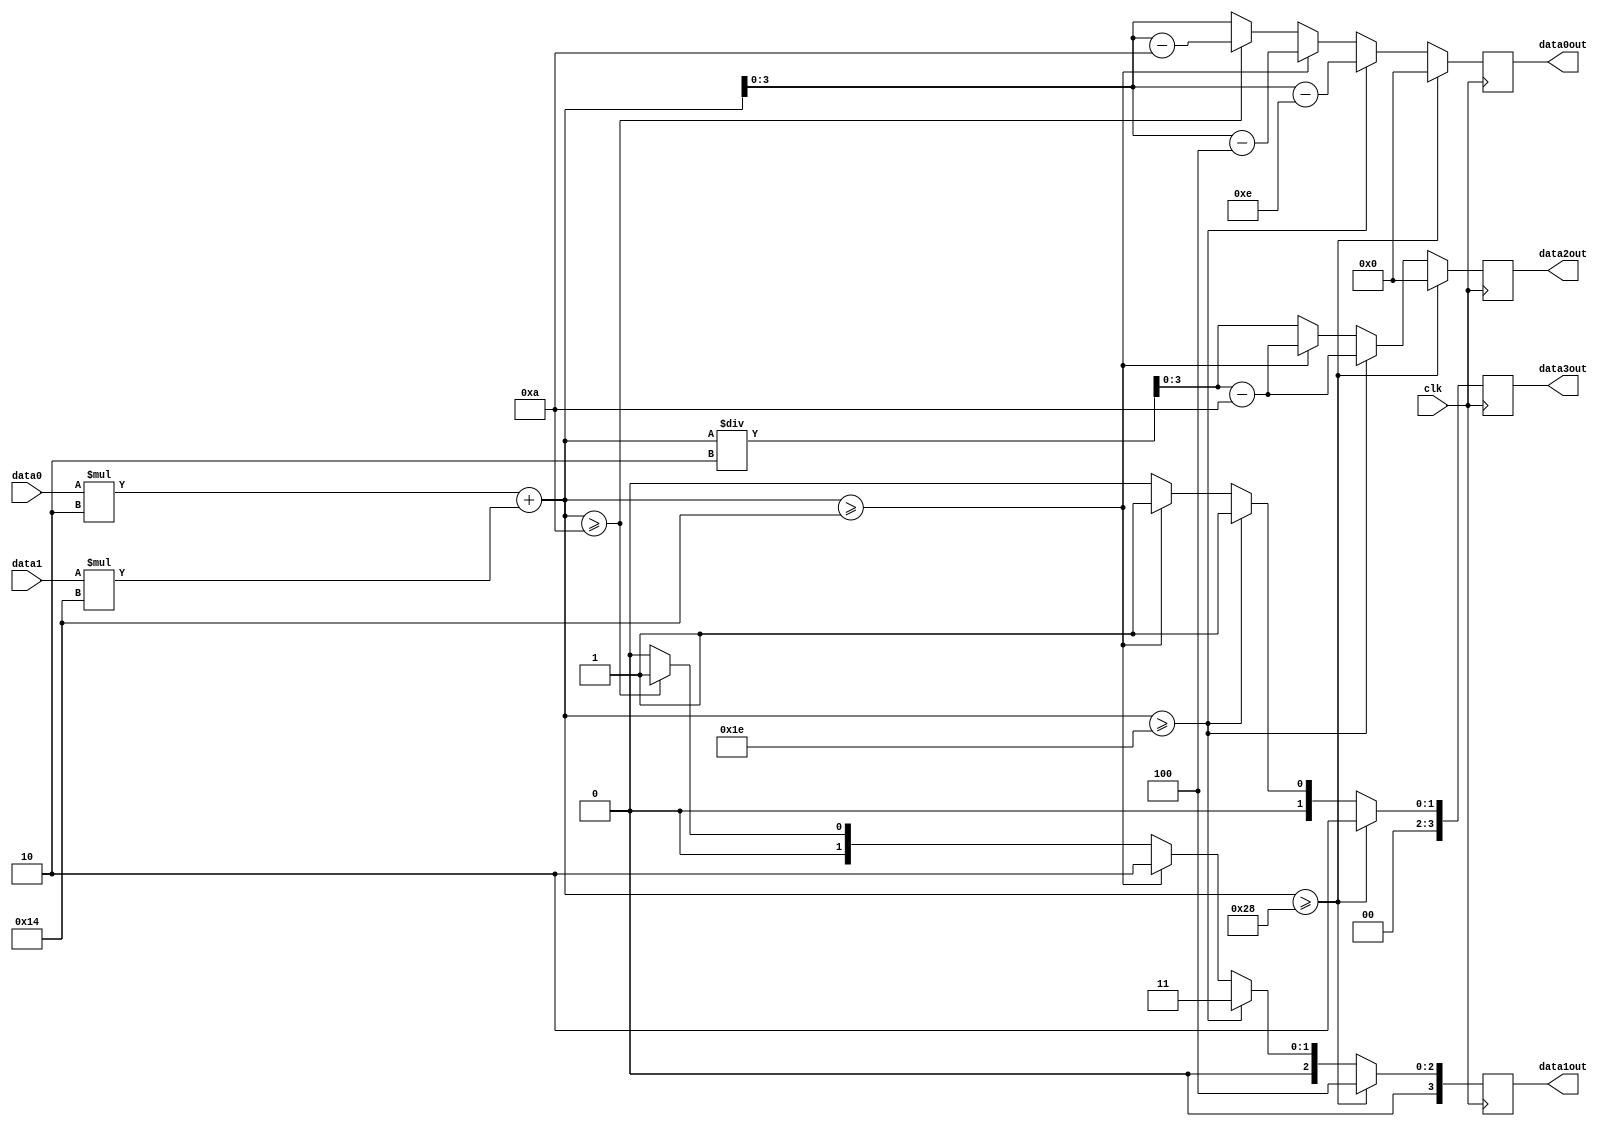
`timescale 1ns / 1ps
//////////////////////////////////////////////////////////////////////////////////
// Company: 
// Engineer: 
// 
// Design Name: 
// Module Name: Money_Time
// Project Name: 
// Target Devices: 
// Tool Versions: 
// Description: 
// 
// Dependencies: 
// 
// Revision:
// Revision 0.01 - File Created
// Additional Comments:
// 
//////////////////////////////////////////////////////////////////////////////////


module Money_Time(
    input wire [3:0] data0,data1,
    input wire clk,
//    input wire rst_n,
    output reg [3:0] data3out, data2out, data1out, data0out
    );
    
    reg [7:0] sum = 0;
    
always @( posedge clk )
    begin
        sum = data0*2 + data1 * 20;
        if(sum >= 40)
            begin
                data3out = 2;
                data2out = 0;
                data1out = 4;
                data0out = 0;
            end
        else if(sum >= 30)
            begin
                data3out = 1;
                data2out = sum/2 - 10;
                data1out = 3;
                data0out = sum - 30;
            end
        else if(sum >= 20)
            begin
                data3out = 1;
                data2out = sum/2 - 10;
                data1out = 2;
                data0out = sum - 20;
            end
        else if(sum >= 10)
            begin
                data3out = 0;
                data2out = sum/2;
                data1out = 1;
                data0out = sum - 10;
            end
        else
            begin
                data3out = 0;
                data2out = sum/2;
                data1out = 0;
                data0out = sum ;
            end
    end
   
endmodule